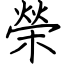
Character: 榮